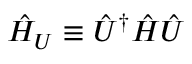
\hat { H } _ { U } \equiv \hat { U } ^ { \dagger } \hat { H } \hat { U }